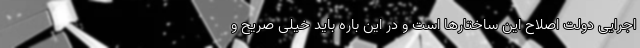
اجرایی دولت اصلاح این ساختارها است و در این باره باید خیلی صریح و